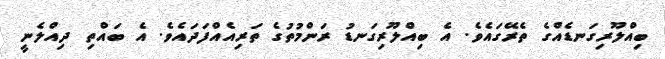
ބިއްލޫރިގަނޑެއްގެ ތެރޭގައެވެ. އެ ބިއްލޫރިގަނޑު ރަންމުތުގެ ތަރިއެއްފަދައެވެ. އެ ބައްތި ދިއްލެނީ